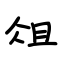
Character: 俎